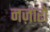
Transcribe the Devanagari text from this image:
नज़ारो